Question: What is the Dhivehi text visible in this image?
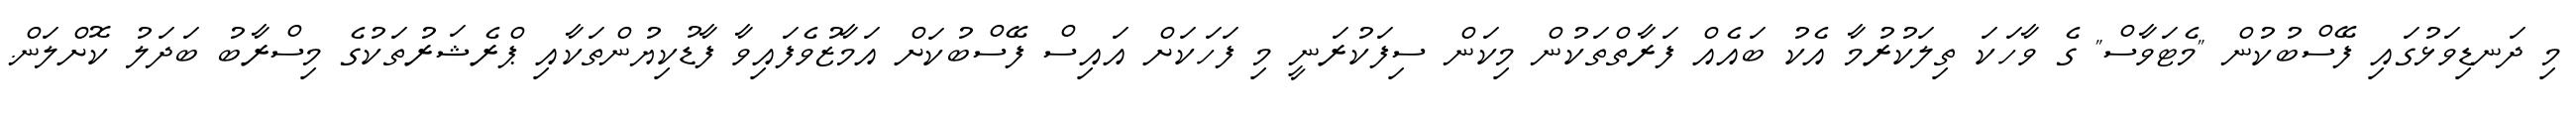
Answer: މި ދަނޑިވަޅުގައި ފޭސްބުކުން "މެޓަވާސް" ގެ ވާހަކަ ތިލަކުރުމާ އެކު ބައެއް ފަރާތްތަކުން މިކަން ސިފަކުރަނީ މި ފަހަކަށް އައިސް ފޭސްބުކަށް އަމާޒުވެފައިވާ ފާޑުކިޔުންތަކާއި ޕްރެޝަރުތަކުގެ މިސްރާބު ބަދަލު ކޮށްލަން.